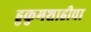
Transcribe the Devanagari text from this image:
हुकुमशाहीचा